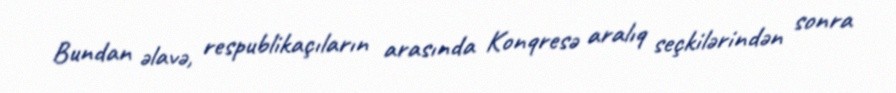
Bundan əlavə, respublikaçıların arasında Konqresə aralıq seçkilərindən sonra